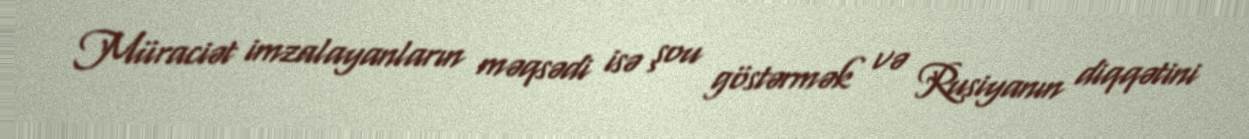
Müraciət imzalayanların məqsədi isə şou göstərmək və Rusiyanın diqqətini